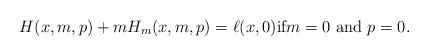
LaTeX: \begin{align*} H(x, m, p ) + m H_m(x, m,p )=\ell(x,0) \hbox{if} m=0 \hbox{ and }p=0. \end{align*}